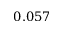
0 . 0 5 7